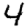
Digit: 4